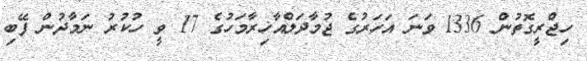
ހިޖްރީގޮތުން 1336 ވަނަ އަހަރުގެ ޖުމާދަލްއާޚިރާމަހުގެ 17 ވީ ހުކުރު ނަމާދުން ފޭބި